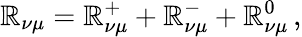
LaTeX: \mathbb{R}_{\nu\mu}=\mathbb{R}_{\nu\mu}^{+}+\mathbb{R}_{\nu\mu}^{-}+\mathbb{R}_{\nu\mu}^{0}\, ,